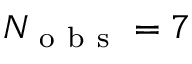
N _ { \mathrm { ~ o ~ b ~ s ~ } } = 7